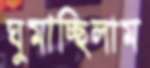
ঘুমাচ্ছিলাম